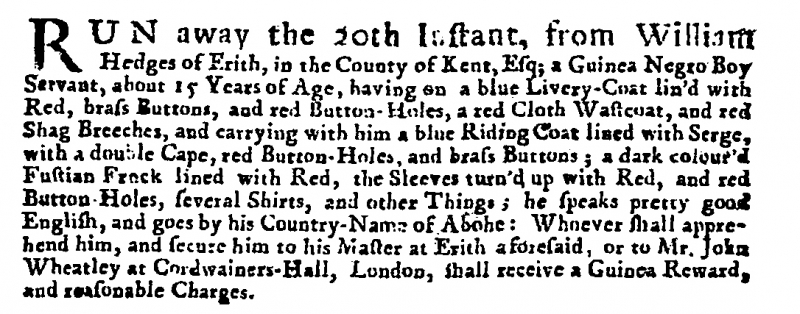
Post Boy (1695), 25 January 1718 (England)
RUN away the 20th Instant, from William Hedges of Erith, in the County of Kent, Esq; a Guinea Negro Boy Servant, about 15 Years of Age, having on a blue Livery-Coat lin’d with Red, brass Buttons, and red Button-Holes, a red Cloth Wastcoat, and red Shag Breeches, and carrying with him a blue Riding Coat lined with Serge, with a double Cape, red Button-Holes, and brass Buttons; a dark colour’d Fustian Frock lined with Red, the Sleeves turn’d up with Red, and red Button-Holes, several Shirts, and other Things; he speaks pretty good English, and goes by his Country-Name of Abohe: Whoever shall apprehend him, and secure him to his Master at Erith aforesaid, or to Mr. John Wheatley at Cordwainers-Hall, London, shall receive a Guinea Reward, and reasonable Charges.